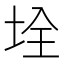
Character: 𡋄